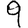
Digit: 9